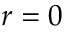
r = 0